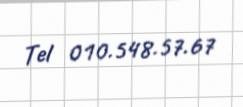
Tel 010.548.57.67